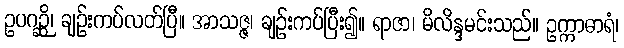
ဥပဂဉ္ဆိ၊ ချဉ်းကပ်လတ်ပြီ။ အာသဇ္ဇ၊ ချဉ်းကပ်ပြီး၍။ ရာဇာ၊ မိလိန္ဒမင်းသည်။ ဥက္ကာဓာရံ၊